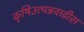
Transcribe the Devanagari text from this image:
कृषिउत्पन्नवाढीस